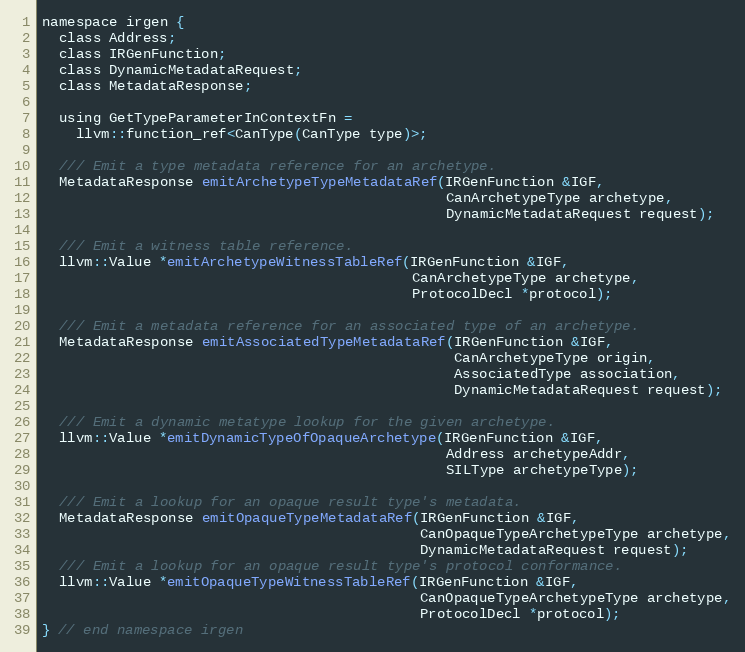
Language: C
namespace irgen {
  class Address;
  class IRGenFunction;
  class DynamicMetadataRequest;
  class MetadataResponse;

  using GetTypeParameterInContextFn =
    llvm::function_ref<CanType(CanType type)>;

  /// Emit a type metadata reference for an archetype.
  MetadataResponse emitArchetypeTypeMetadataRef(IRGenFunction &IGF,
                                                CanArchetypeType archetype,
                                                DynamicMetadataRequest request);

  /// Emit a witness table reference.
  llvm::Value *emitArchetypeWitnessTableRef(IRGenFunction &IGF,
                                            CanArchetypeType archetype,
                                            ProtocolDecl *protocol);

  /// Emit a metadata reference for an associated type of an archetype.
  MetadataResponse emitAssociatedTypeMetadataRef(IRGenFunction &IGF,
                                                 CanArchetypeType origin,
                                                 AssociatedType association,
                                                 DynamicMetadataRequest request);

  /// Emit a dynamic metatype lookup for the given archetype.
  llvm::Value *emitDynamicTypeOfOpaqueArchetype(IRGenFunction &IGF,
                                                Address archetypeAddr,
                                                SILType archetypeType);

  /// Emit a lookup for an opaque result type's metadata.
  MetadataResponse emitOpaqueTypeMetadataRef(IRGenFunction &IGF,
                                             CanOpaqueTypeArchetypeType archetype,
                                             DynamicMetadataRequest request);
  /// Emit a lookup for an opaque result type's protocol conformance.
  llvm::Value *emitOpaqueTypeWitnessTableRef(IRGenFunction &IGF,
                                             CanOpaqueTypeArchetypeType archetype,
                                             ProtocolDecl *protocol);
} // end namespace irgen